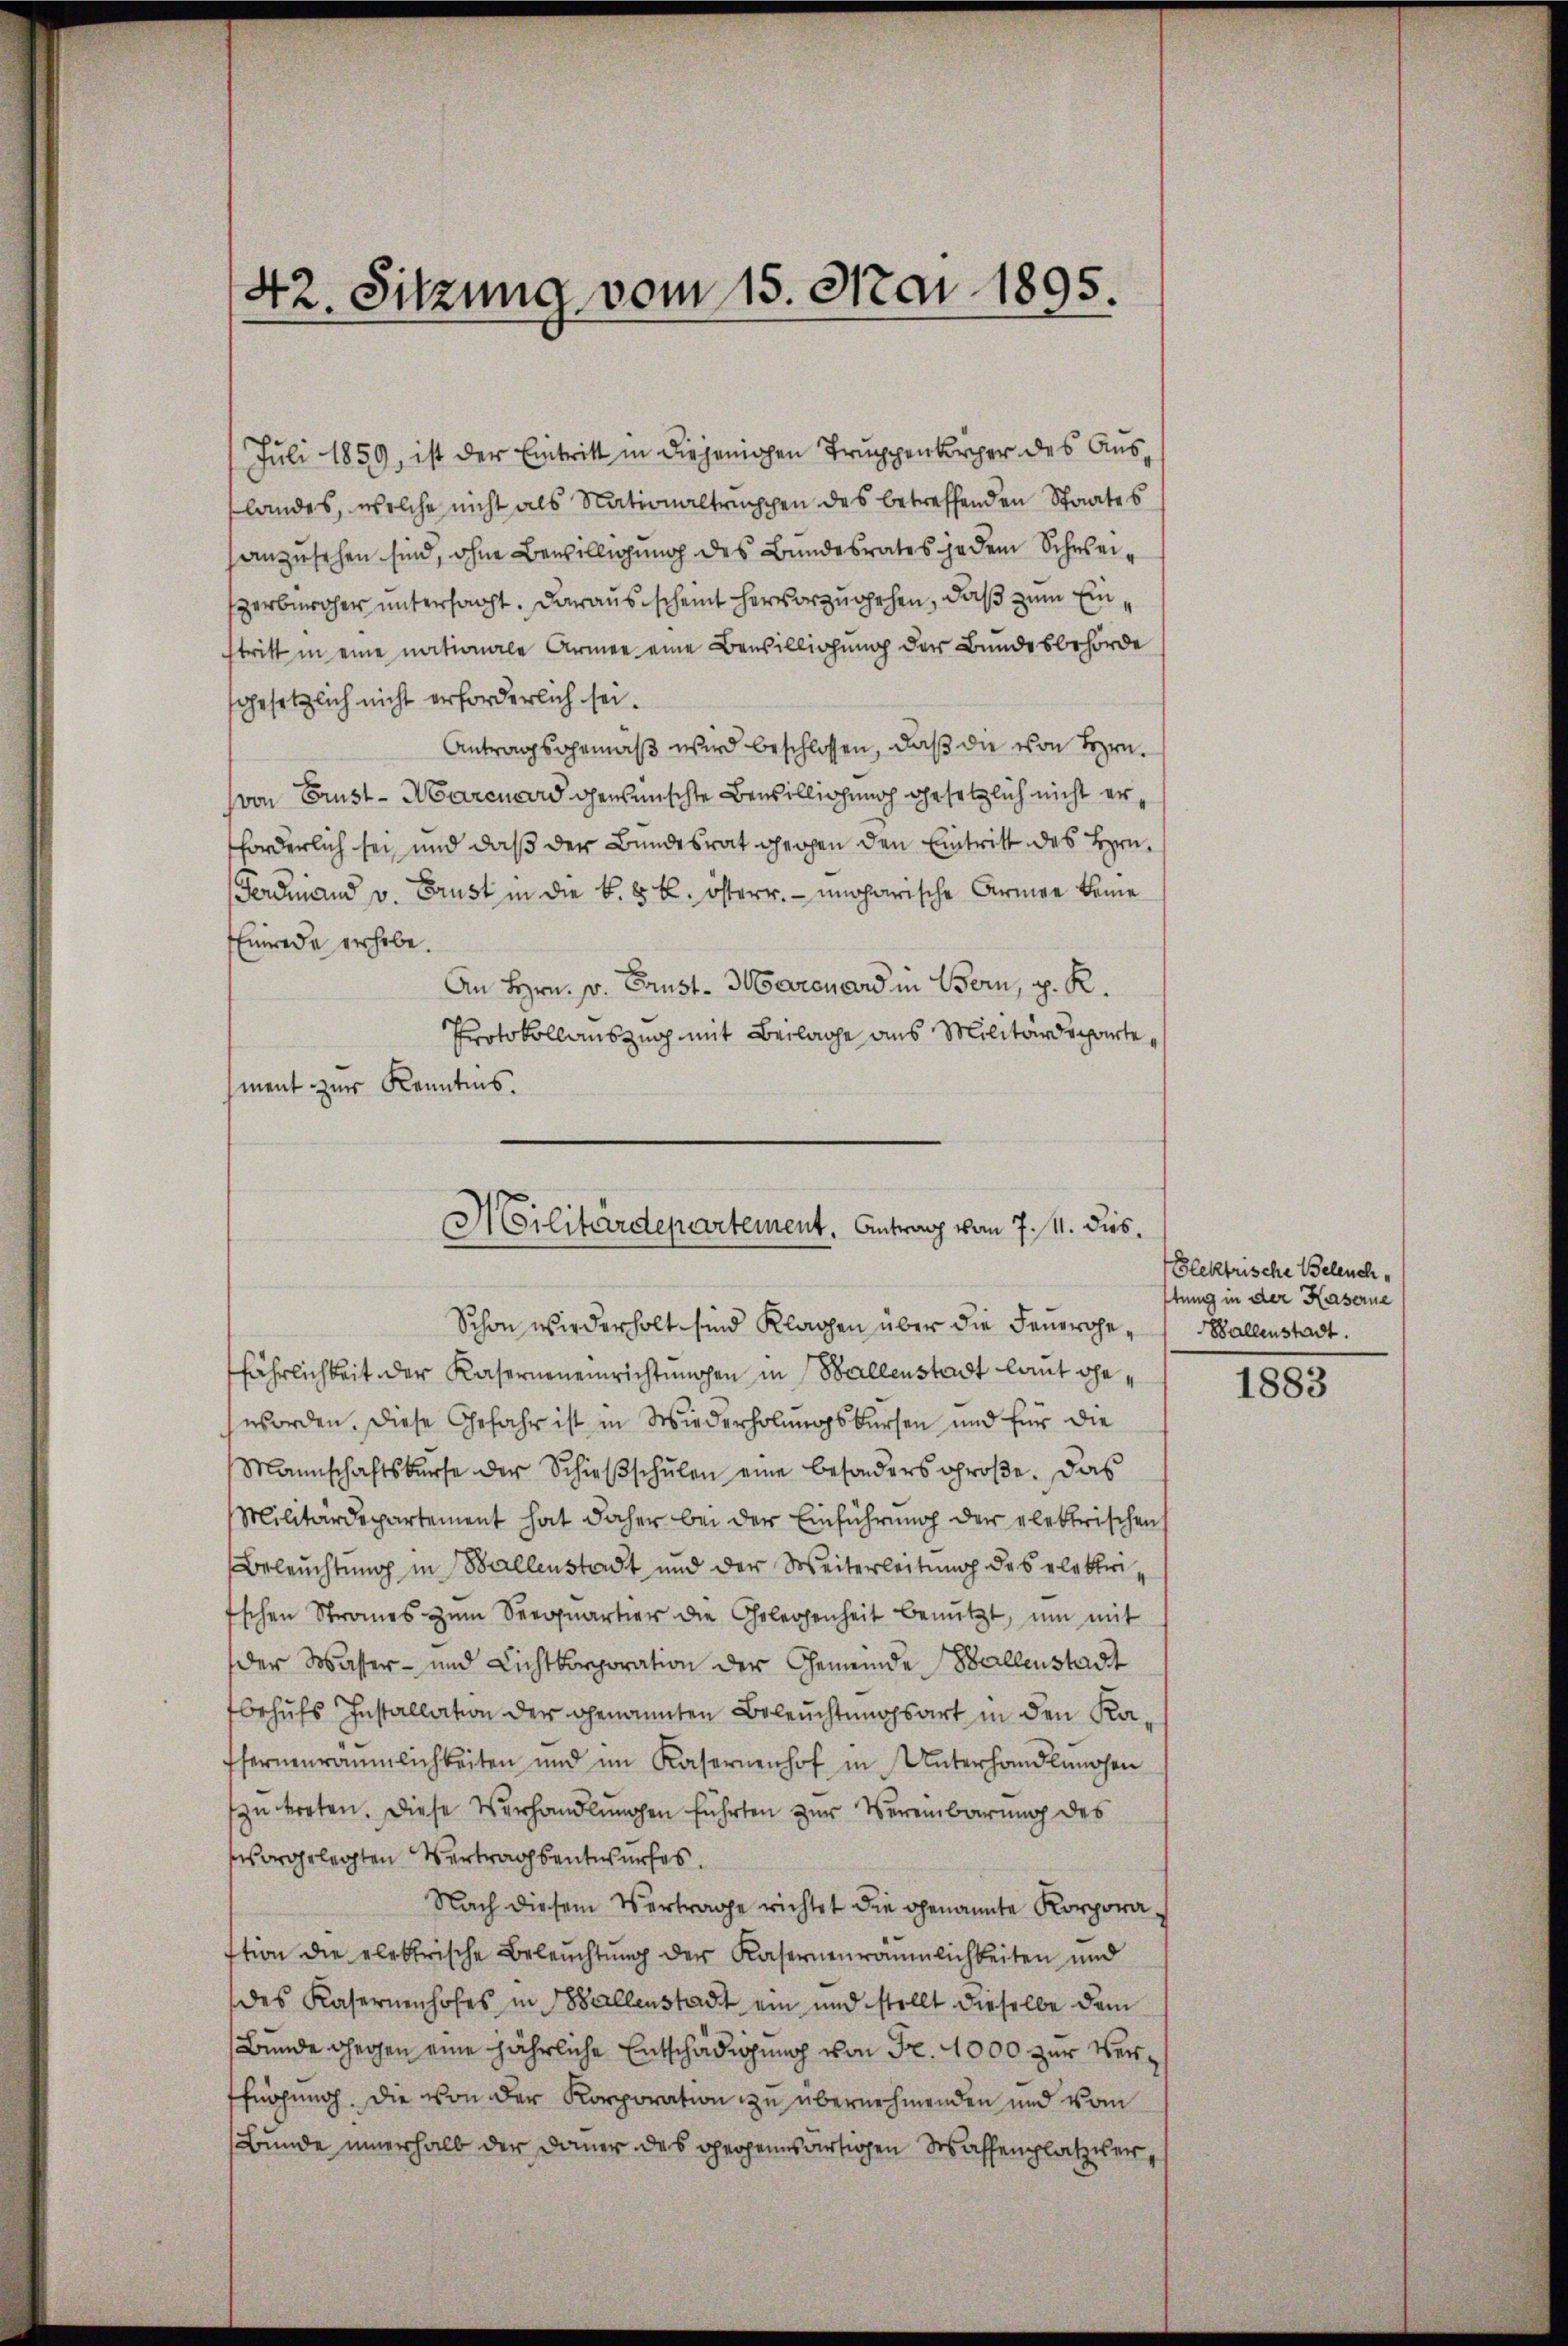
42. Sitzung vom 15. Mai 1895.

Juli 1859, ist der Eintritt in diejenigen Truppenkörper des Auslandes, welche nicht als Nationaltrischen des betreffenden Staates
anzusehen sind, ohne Bewilligung des Bundesrates jedem Schweizerbürger untersacht. Darausscheint hervorzugehen, daß zum Einstritt in eine nationale Armee eine Bewilligung der Bundesbehörde
gesetzlich nicht erforderlich sei.
Antragsgemäß wird beschlossen, daß die von Bern.
(von Brust-Marcuard gewünschte Bewilligung gesetzlich nicht erforderlich sei, und daß der Bundesrat gegen den Eintritt des Bern
Ferdinand v. Brust in die k. k. k. österr. – ungarische Armen keine
Einrede erhebe.
An Hrn. v. Crust. Marcuard in Bern, p. R.
Protokollauszug mit Beilage aus Militärdepartement zur Kenntnis.

Militärdepartement. Antrag vom 7. 14. dies¬
Schon wiederholt sind Klagen über die Feuerge¬

fährlichkeit der Kaserneneinrichtungen in Ballenstadt laut geworden. Diese Gefahr ist in Wiederholungskursen und für die
Mannschaftskurse der Schieβschŭlen eine besonders groβe. Das
Militärdepartement hat daher bei der Einführung der elektrischen
Beleuchtung in Ballenstadt und der Weiterleitung des elektri
schen Straues zŭm Seequartier die Gelegenheit benŭtzt, um mit
der Wasser- und Lichtkorporation der Gemeinde Ballenstadtt
behufs Installation der genannten Beleuchtungsart in den Kaffernenräumlichkeiten und im Kasernenhof in Unterhandlungen
zu treten. Diese Verhandlungen führten zur Vereinbarung des
vorgelegten Vertragsentwurfes.
Nach diesem Vertrage richtet die genannte Korporastion die elektrische Beleŭchtŭng der Kasernenräumlichkeiten und
des Kasernenhofes in allenstadt ein und stellt dieselbe dem
Bunde gegen eine jährliche Entschädigung von Fr. 1000 zur Verffügung, die von der Korporation zu übernehmenden und vom
Bunde innerhalb der Dauer des gegensartigen Waffenplatzver¬

Glektrische Beleuchtung in der Kaserne
Ballenstadt.

1883